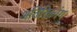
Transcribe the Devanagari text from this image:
अतिरिक्तांग